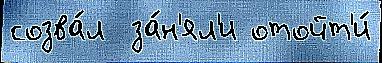
созва́л  за́н'ял'и отойт'и́